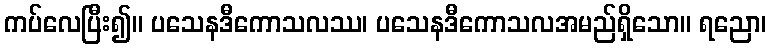
ကပ်လေပြီး၍။ ပသေနဒီကောသလဿ၊ ပသေနဒီကောသလအမည်ရှိသော။ ရညော၊